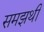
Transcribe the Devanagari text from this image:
समझथी